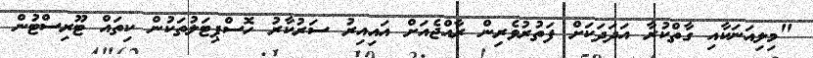
"މިލިއަނަކާއި ގާތްކުރާ އަދަދަކަށް ފަތުރުވެރިން ރާއްޖެއަށް އައިއިރު ސަރުކާރު ހޮސްޕިޓަލުތަކުން ކިތައް ޓޫރިސްޓުން